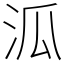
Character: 泒